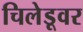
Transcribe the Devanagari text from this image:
चिलेडूवर